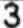
3